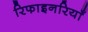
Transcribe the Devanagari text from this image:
रिफाइनरियाँ